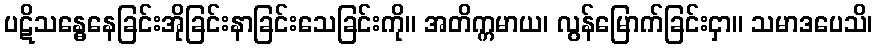
ပဋိသန္ဓေနေခြင်းအိုခြင်းနာခြင်းသေခြင်းကို။ အတိက္ကမာယ၊ လွန်မြောက်ခြင်းငှာ။ သမာဒပေသိ၊